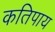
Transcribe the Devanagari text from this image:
कतिपाय